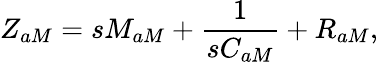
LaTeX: Z_{aM}=sM_{aM}+\frac{1}{sC_{aM}}+R_{aM},